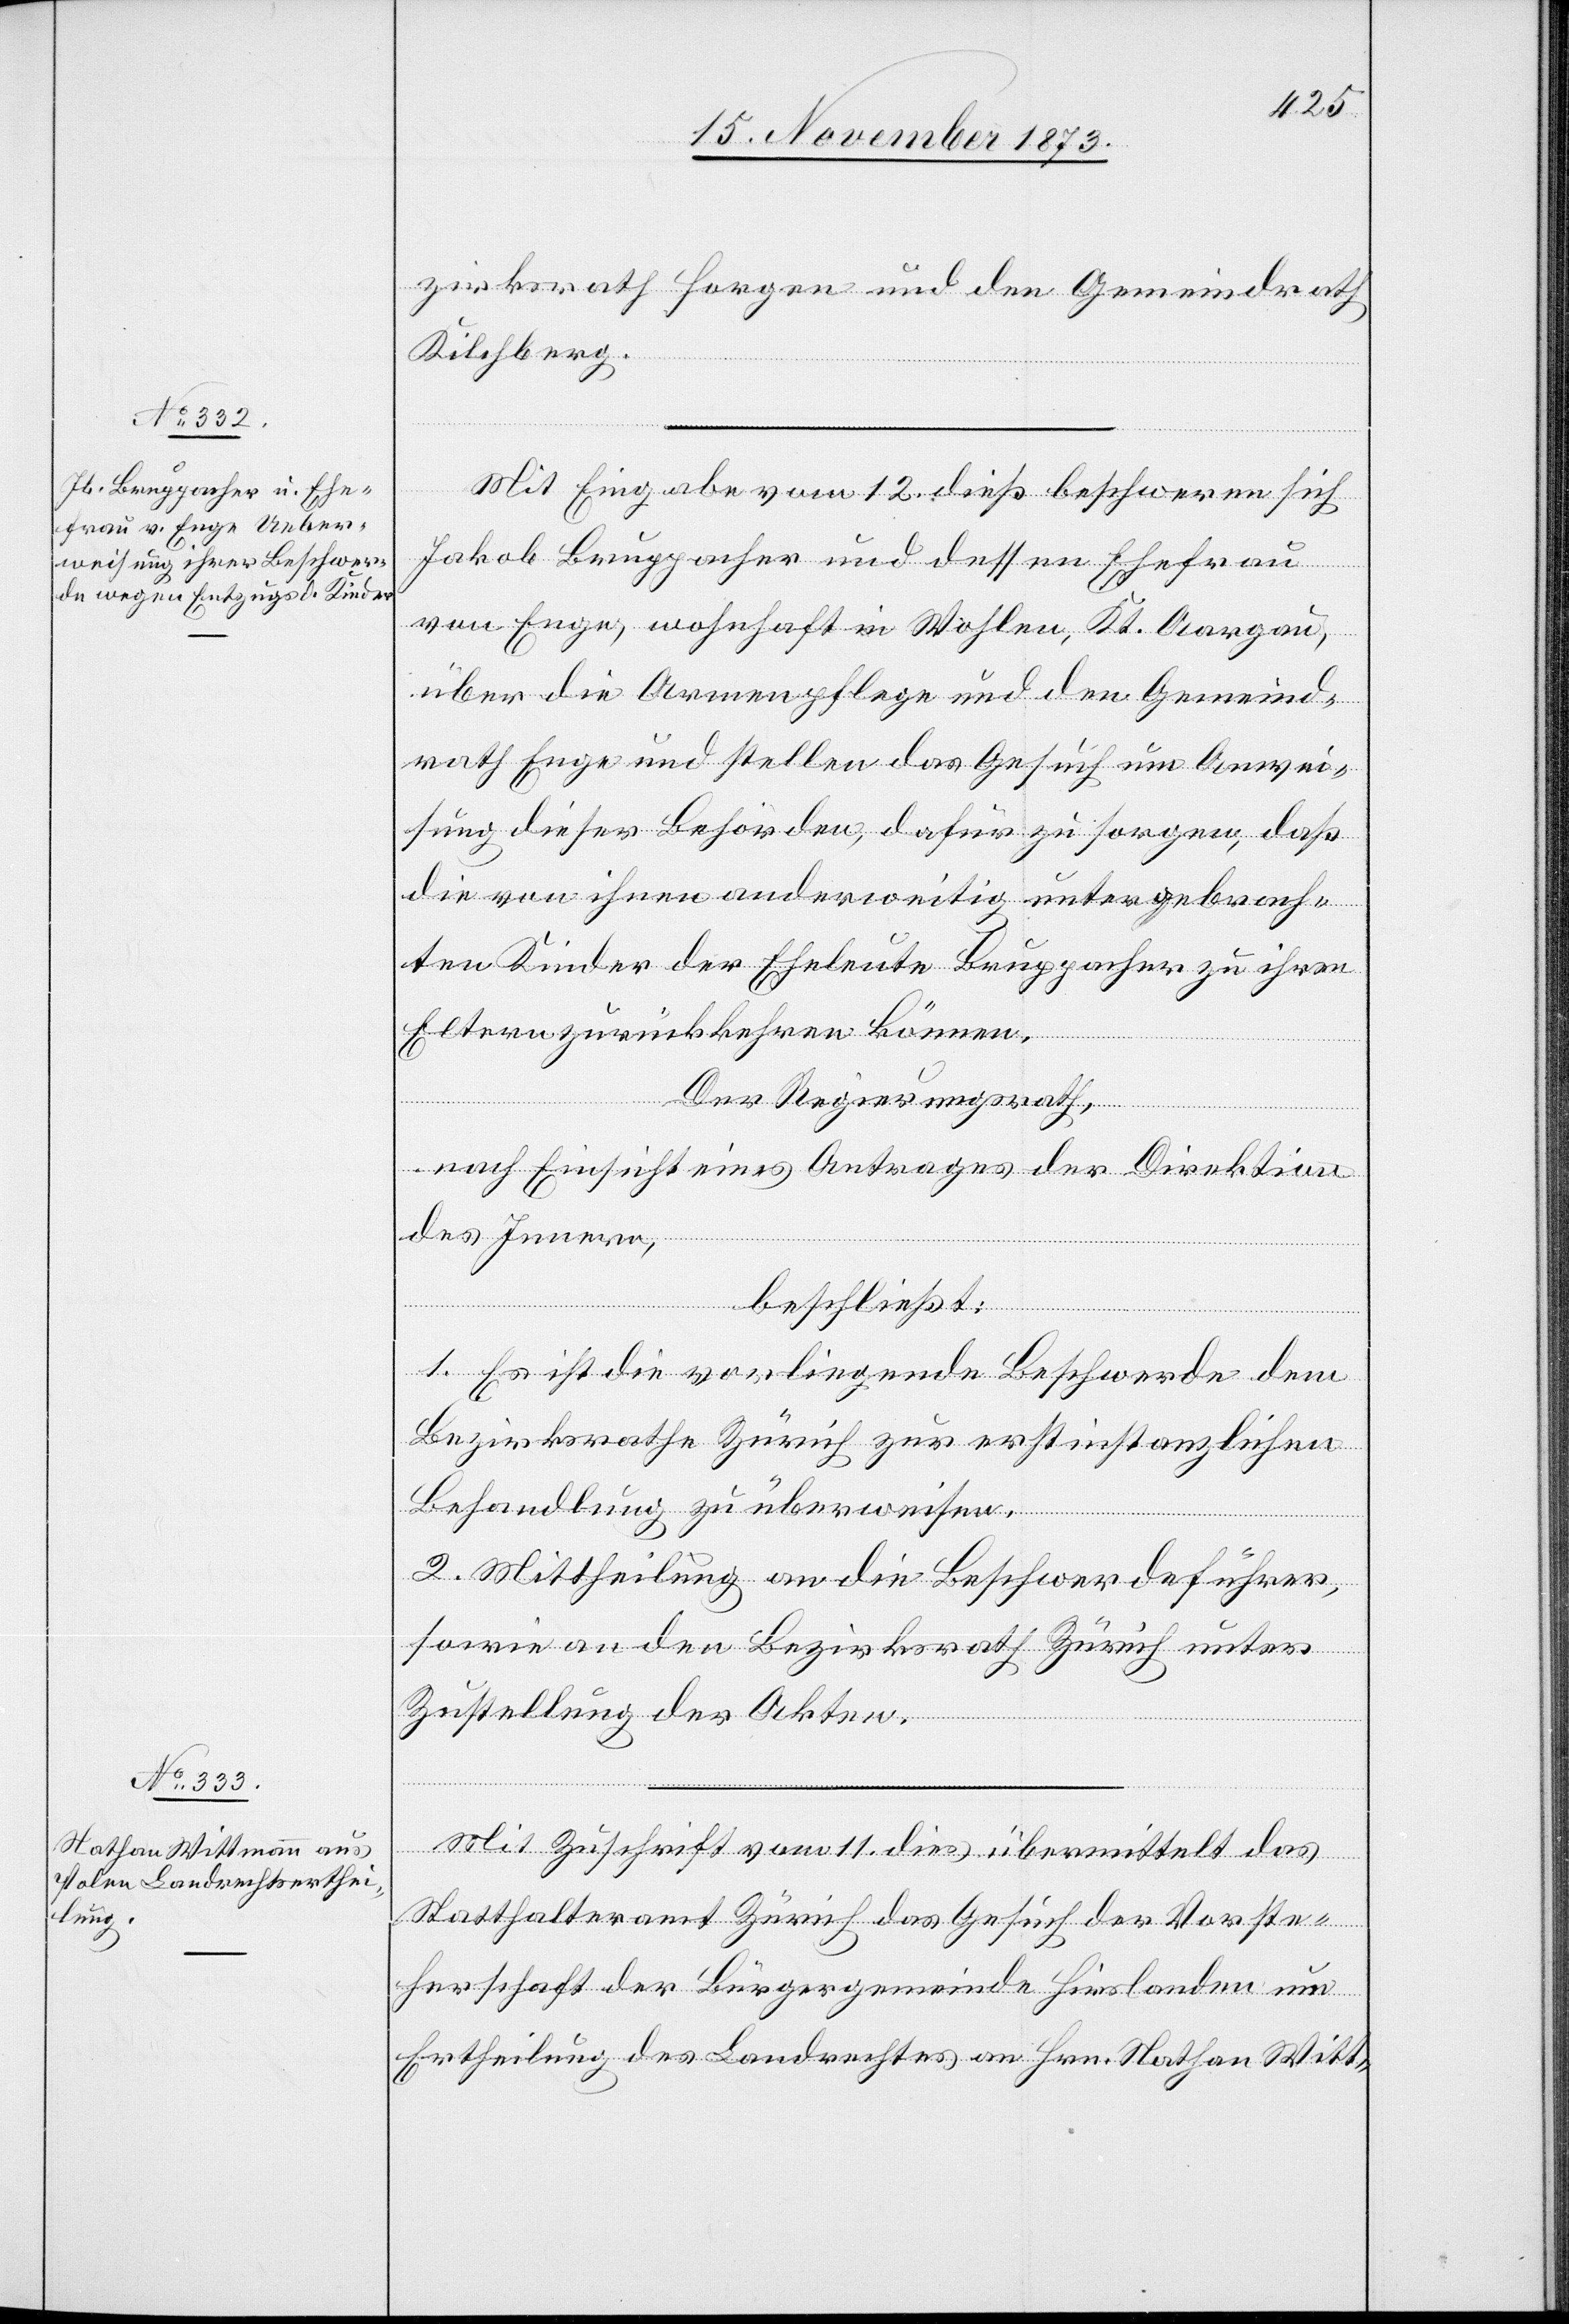
zirksrath Horgen und den Gemeindrath
Kilchberg.
Mit Eingabe vom 12. dieß beschweren sich
Jakob Bruppacher und dessen Ehefrau
von Enge, wohnhaft in Wohlen, Kt. Aargau,
über die Armenpflege und den Gemeind¬
rath Enge und stellen das Gesuch um Anwei¬
sung dieser Behörden, dafür zu sorgen, daß
die von ihnen anderweitig untergebrach¬
ten Kinder der Eheleute Bruppacher zu ihren
Eltern zurückkehren können.
Der Regierungsrath,
nach Einsicht eines Antrages der Direktion
des Innern,
beschließt:
1. Es ist die vorliegende Beschwerde dem
Bezirksrathe Zürich zur erstinstanzlichen
Behandlung zu überweisen.
2. Mittheilung an die Beschwerdeführer,
sowie an den Bezirksrath Zürich unter
Zustellung der Akten.
Mit Zuschrift vom 11. dies übermittelt das
Statthalteramt Zürich das Gesuch der Vorste¬
herschaft der Bürgergemeinde Hirslanden um
Ertheilung des Landrechtes an Hrn. Nathan Witt-